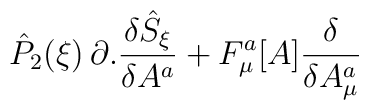
{\hat{P}}_{2}(\xi )\, \partial .\frac{\delta {\hat{S}}_{\xi }}{\delta A^{a}}+F_{\mu }^{a}[A]\frac{\delta }{\delta A^{a}_{\mu }}